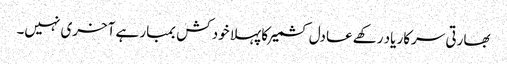
بھارتی سرکار یاد رکھے عادل کشمیر کا پہلا خود کش بمبار ہے آخری نہیں۔